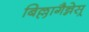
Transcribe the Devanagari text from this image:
बिल्लागैन्नेस्र्